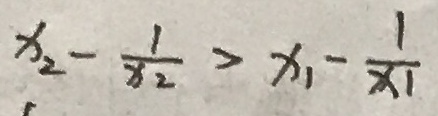
x _ { 2 } - \frac { 1 } { x _ { 2 } } > x _ { 1 } - \frac { 1 } { x _ { 1 } }